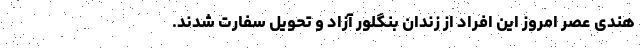
هندی عصر امروز این افراد از زندان بنگلور آزاد و تحویل سفارت شدند.